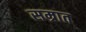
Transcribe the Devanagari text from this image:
सम्रात